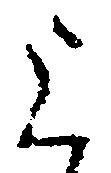
上